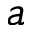
a